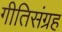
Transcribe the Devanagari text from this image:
गीतिसंग्रह